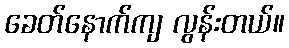
ခေတ်နောက်ကျ လွန်းတယ်။